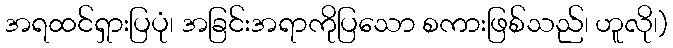
အရထင်ရှားပြပုံ၊ အခြင်းအရာကိုပြသော စကားဖြစ်သည်၊ ဟူလို၊)